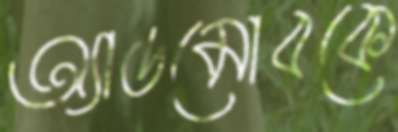
অ্যাডমোবকে